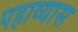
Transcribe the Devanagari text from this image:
पहाव्यास